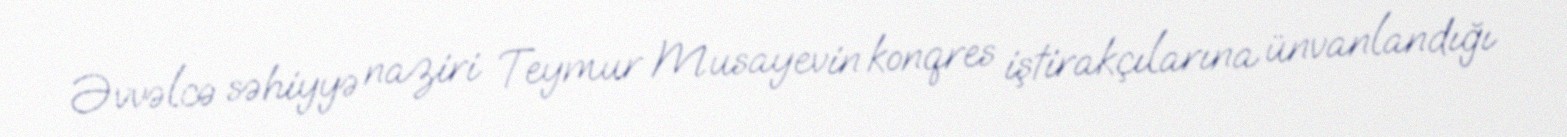
Əvvəlcə səhiyyə naziri Teymur Musayevin konqres iştirakçılarına ünvanlandığı